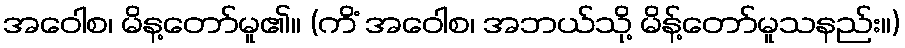
အဝေါစ၊ မိန့တော်မူ၏။ (ကိံ အဝေါစ၊ အဘယ်သို့ မိန့်တော်မူသနည်း။)